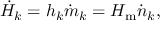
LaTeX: { \dot { H } } _ { k } = h _ { k } { \dot { m } } _ { k } = H _ { \mathrm { m } } { \dot { n } } _ { k } ,